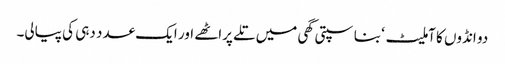
دو انڈوں کا آملیٹ ‘ بناسپتی گھی میں تلے پراٹھے اور ایک عدد دہی کی پیالی۔